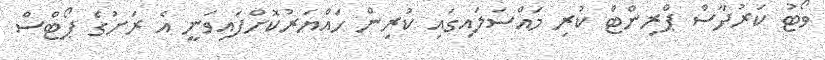
ވޯޓު ކަރުދާސް ޕްރިންޓް ކުރި މައްސަލައިގައި ކުރިން ހައްޔަރުކޮށްފައިވަނީ އެ ރަށުގެ ޕޯޓްސް